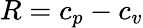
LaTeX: R=c_{p}-c_{v}